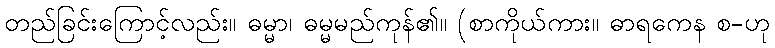
တည်ခြင်းကြောင့်လည်း။ ဓမ္မာ၊ ဓမ္မမည်ကုန်၏။ (စာကိုယ်ကား။ ဓာရကေန စ-ဟု